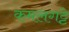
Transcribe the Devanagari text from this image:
कमलगट्टे